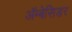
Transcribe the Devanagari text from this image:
अॅम्बेसिडर